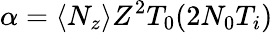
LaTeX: \alpha=\langle N_{z}\rangle Z^{2}T_{0}(2N_{0}T_{i})